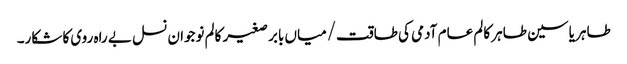
طاہر یاسین طاہر	کالم	عام آدمی کی طاقت/میاں بابر صغیر	کالم	نوجوان نسل بے راہ روی کا شکار۔